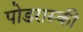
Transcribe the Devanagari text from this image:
पोडरास्की